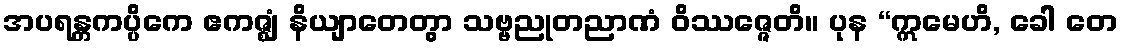
အပရန္တကပ္ပိကေ ဧကဇ္ဈံ နိယျာတေတွာ သဗ္ဗညုတညာဏံ ဝိဿဇ္ဇေတိ။ ပုန “ဣမေဟိ, ခေါ တေ